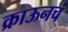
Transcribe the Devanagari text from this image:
क्राऊनचं